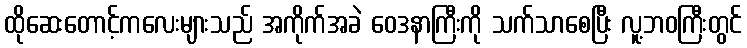
ထိုဆေးတောင့်ကလေးများသည် အကိုက်အခဲ ဝေဒနာကြီးကို သက်သာစေပြီး လူ့ဘဝကြီးတွင်